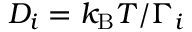
D _ { i } = k _ { \mathrm { B } } T / \Gamma _ { i }